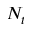
N _ { t }